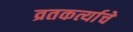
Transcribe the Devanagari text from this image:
व्रतकर्त्याचे